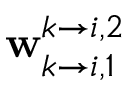
\mathbf { w } _ { k \rightarrow i , 1 } ^ { k \rightarrow i , 2 }